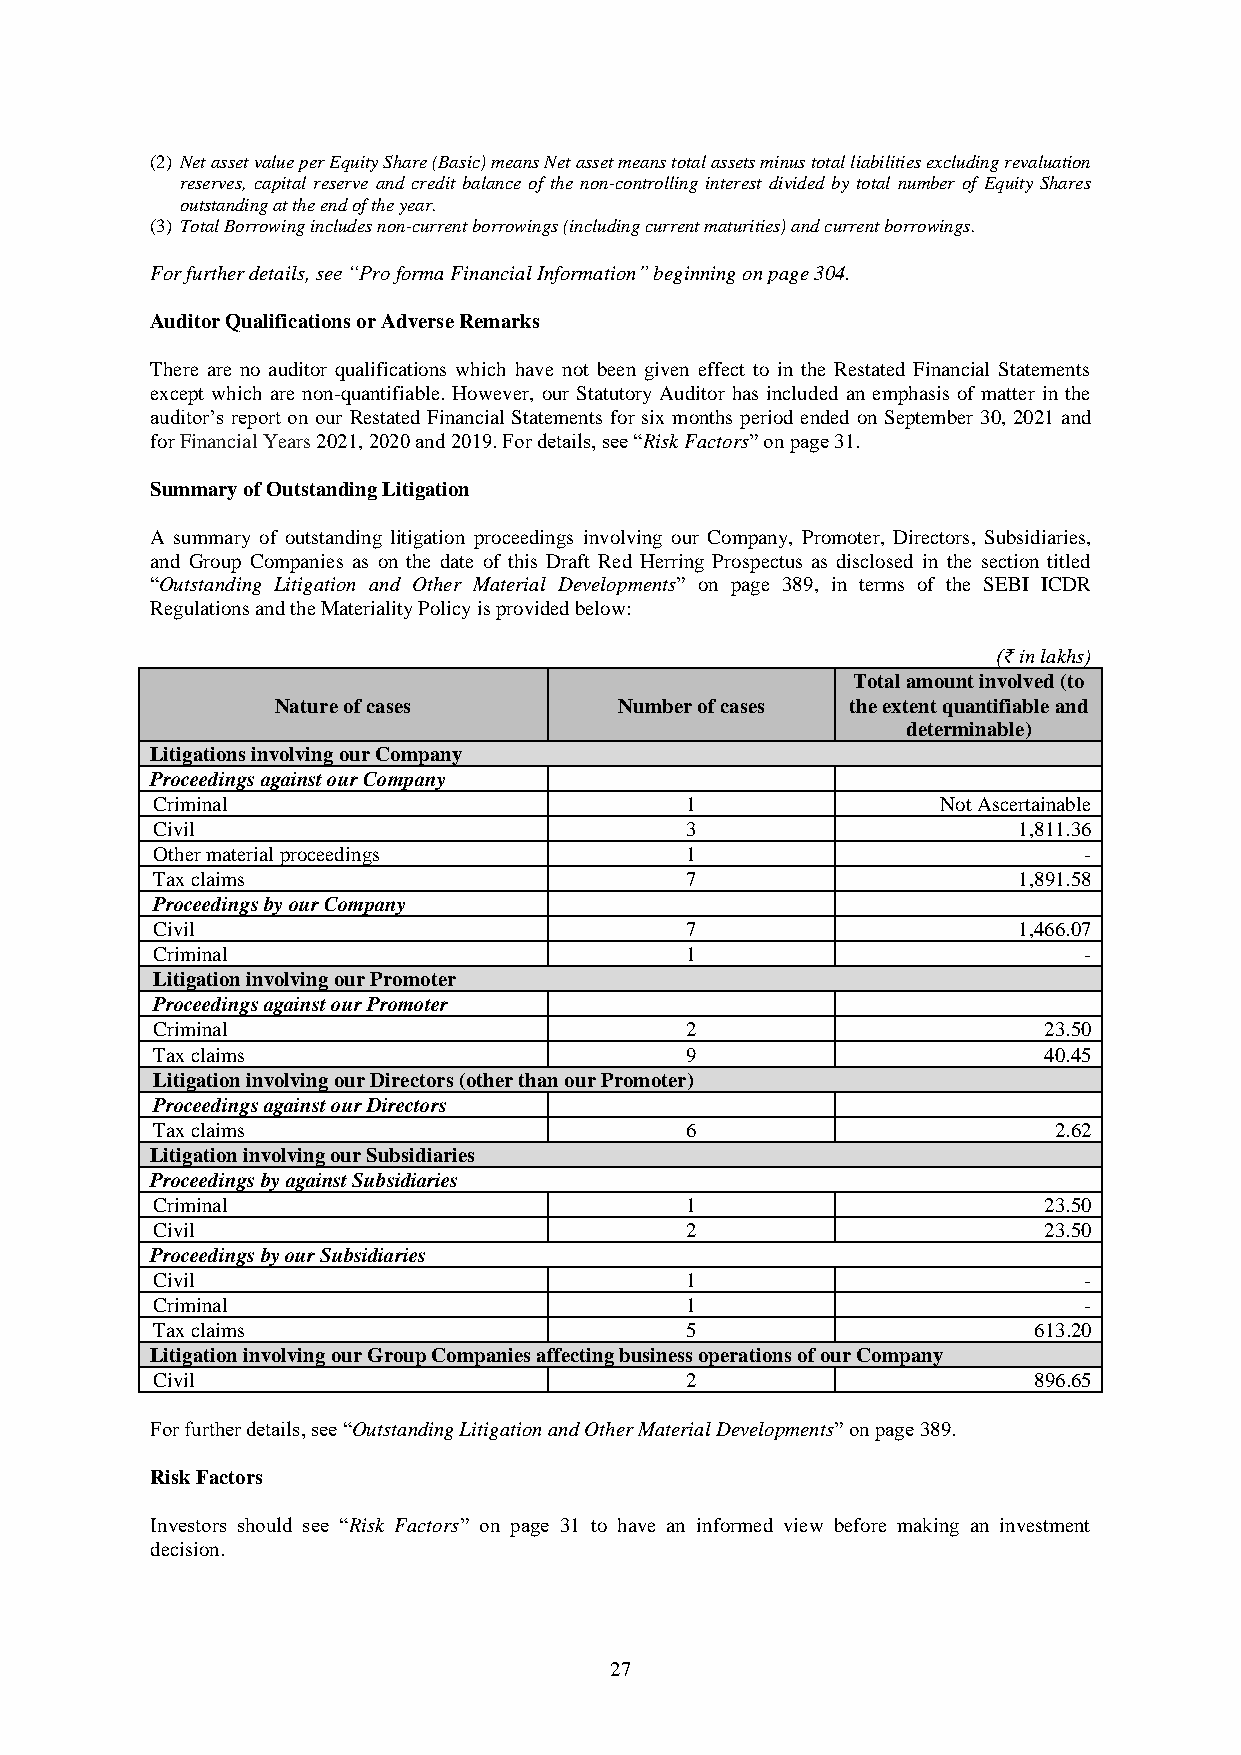
(2) Net asset value per Equity Share (Basic) means Net asset means total assets minus total liabilities excluding revaluation
 reserves, capital reserve and credit balance of the non-controlling interest divided by total number of Equity Shares
 outstanding at the end of the year.
 (3) Total Borrowing includes non-current borrowings (including current maturities) and current borrowings.
 For further details, see “Pro forma Financial Information” beginning on page 304.
 Auditor Qualifications or Adverse Remarks
 There are no auditor qualifications which have not been given effect to in the Restated Financial Statements
 except which are non-quantifiable. However, our Statutory Auditor has included an emphasis of matter in the
 auditor’s report on our Restated Financial Statements for six months period ended on September 30, 2021 and
 for Financial Years 2021, 2020 and 2019. For details, see “Risk Factors” on page 31.
 Summary of Outstanding Litigation
 A summary of outstanding litigation proceedings involving our Company, Promoter, Directors, Subsidiaries,
 and Group Companies as on the date of this Draft Red Herring Prospectus as disclosed in the section titled
 “Outstanding Litigation and Other Material Developments” on page 389, in terms of the SEBI ICDR
 Regulations and the Materiality Policy is provided below:
 (₹ in lakhs)
 Total amount involved (to
 Nature of cases        Number of cases the extent quantifiable and
 determinable)
 Litigations involving our Company
 Proceedings against our Company
 Criminal                           1                Not Ascertainable
 Civil                              3                     1,811.36
 Other material proceedings         1                          -
 Tax claims                         7                     1,891.58
 Proceedings by our Company
 Civil                              7                     1,466.07
 Criminal                           1                          -
 Litigation involving our Promoter
 Proceedings against our Promoter
 Criminal                           2                       23.50
 Tax claims                         9                       40.45
 Litigation involving our Directors (other than our Promoter)
 Proceedings against our Directors
 Tax claims                         6                        2.62
 Litigation involving our Subsidiaries
 Proceedings by against Subsidiaries
 Criminal                           1                       23.50
 Civil                              2                       23.50
 Proceedings by our Subsidiaries
 Civil                              1                          -
 Criminal                           1                          -
 Tax claims                         5                      613.20
 Litigation involving our Group Companies affecting business operations of our Company
 Civil                              2                      896.65
 For further details, see “Outstanding Litigation and Other Material Developments” on page 389.
 Risk Factors
 Investors should see “Risk Factors” on page 31 to have an informed view before making an investment
 decision.
 27